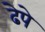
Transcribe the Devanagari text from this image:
ढेपे